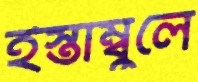
ইস্তাম্বুলে